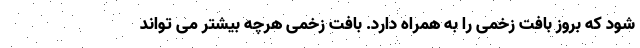
شود که بروز بافت زخمی را به همراه دارد. بافت زخمی هرچه بیشتر می تواند